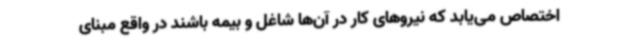
اختصاص می‌یابد که نیروهای کار در آن‌ها شاغل و بیمه باشند در واقع مبنای